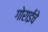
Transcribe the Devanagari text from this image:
गोराईचे